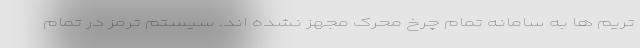
تریم ها به سامانه تمام چرخ محرک مجهز نشده اند. سیستم ترمز در تمام